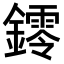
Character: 𨭭